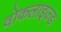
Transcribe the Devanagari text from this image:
वोकलाइज्ड